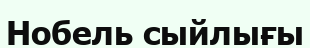
Нобель сыйлығы